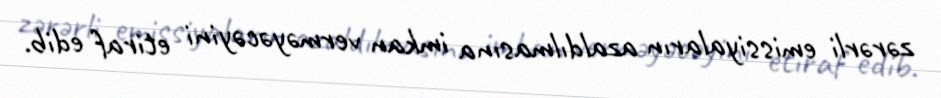
zərərli emissiyaların azaldılmasına imkan verməyəcəyini etiraf edib.